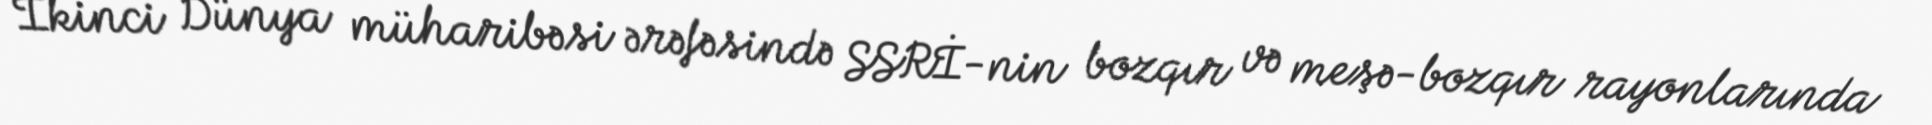
İkinci Dünya müharibəsi ərəfəsində SSRİ-nin bozqır və meşə-bozqır rayonlarında